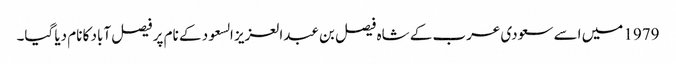
1979 میں اسے سعودی عرب کے شاہ فیصل بن عبدالعزیز السعود کے نام پر فیصل آباد کا نام دیا گیا۔